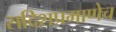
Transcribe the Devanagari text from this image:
सदिशप्रमाणेच